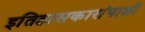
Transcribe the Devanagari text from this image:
इतिहासकारांपाशी